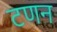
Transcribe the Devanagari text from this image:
टणन